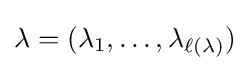
\lambda =(\lambda _{1},\dots ,\lambda _{\ell (\lambda )})